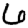
Digit: 6